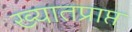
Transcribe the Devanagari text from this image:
ख्यातप्राप्त